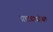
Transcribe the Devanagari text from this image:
प्राट्यासोबत